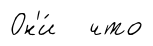
Он'и́ что